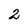
Character: 2